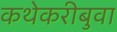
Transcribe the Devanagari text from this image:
कथेकरीबुवा